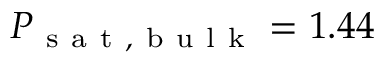
P _ { \mathrm { ~ s ~ a ~ t ~ , ~ b ~ u ~ l ~ k ~ } } = 1 . 4 4